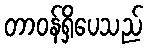
တာဝန်ရှိပေသည်